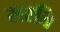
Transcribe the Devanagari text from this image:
सरत्ति